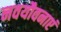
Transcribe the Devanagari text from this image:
नवयौवनाएं